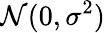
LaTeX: {\mathcal{N}}(0,\sigma^{2})